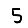
Digit: 5